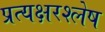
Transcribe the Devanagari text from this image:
प्रत्यक्षरश्लेष